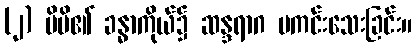
(၂) မိမိ၏ ခန္ဓာကိုယ်၌ ဆန္ဒရာဂ မကင်းသေးခြင်း။